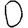
Digit: 0